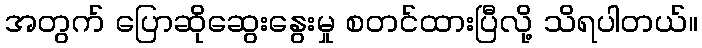
အတွက် ပြောဆိုဆွေးနွေးမှု စတင်ထားပြီလို့ သိရပါတယ်။